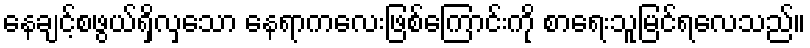
နေချင့်စဖွယ်ရှိလှသော နေရာကလေးဖြစ်ကြောင်းကို စာရေးသူမြင်ရလေသည်။